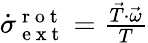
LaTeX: \begin{array}{r}{\dot{\sigma}_{\mathrm{~e~x~t~}}^{\mathrm{~r~o~t~}}=\frac{\vec{T}\cdot\vec{\omega}}{T}}\end{array}